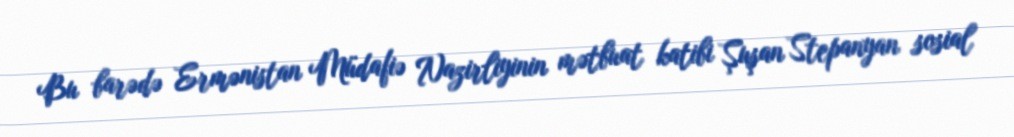
Bu barədə Ermənistan Müdafiə Nazirliyinin mətbuat katibi Şuşan Stepanyan sosial